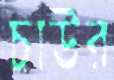
চাউর